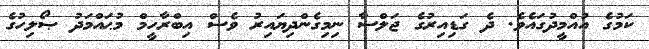
ކަމުގެ އުއްމީދުގައެވެ. ދެ ގަޑިއިރުގެ ޖަލްސާ ނިމިގެންދިޔައިރު ވެސް އިބްރާހީމް މުޙައްމަދު ޞޯލިހުގެ